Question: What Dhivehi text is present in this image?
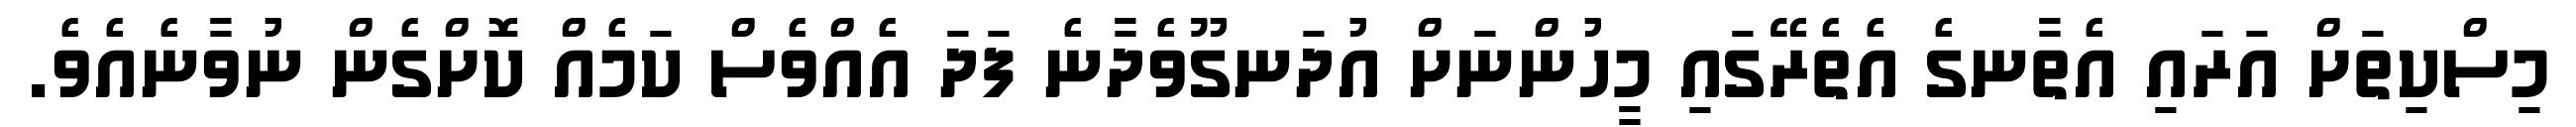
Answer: މިސްކިތަށް އަރައި އެތާނގެ އެތެރޭގައި މީހުންނަށް އުދަނގޫވެދާނެ ފަދަ އެއްވެސް ކަމެއް ކޮށްގެން ނުވާނެއެވެ.